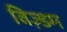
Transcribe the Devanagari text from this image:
विज़्डम